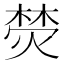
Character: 𭵦